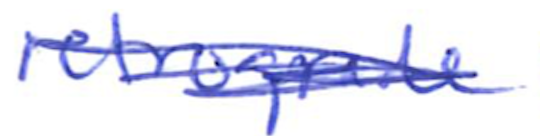
Text: retrograde
Cross-out: scratch
Writing tool: ballpoint